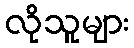
လိုသူများ